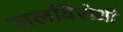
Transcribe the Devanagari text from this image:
जलविरोधी